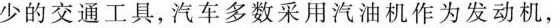
少的交通工具，汽车多数采用汽油机作为发动机，